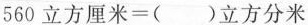
$$560立方厘米=( )立方分米$$